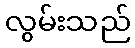
လွမ်းသည်